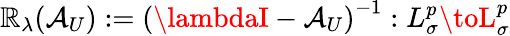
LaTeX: \mathbb{R}_{\lambda}(\mathcal{{A}}_{U}):=\left(\lambdaI-\mathcal{{A}}_{U}\right)^{-1}:L_{\sigma}^{p}\toL_{\sigma}^{p}